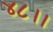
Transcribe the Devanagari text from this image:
४८।।